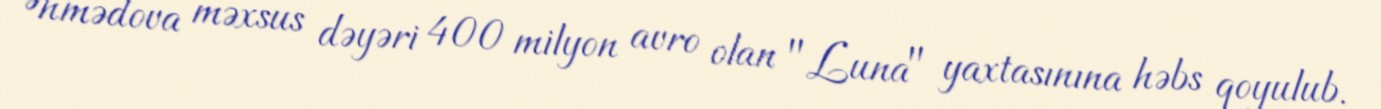
Əhmədova məxsus dəyəri 400 milyon avro olan "Luna" yaxtasınına həbs qoyulub.